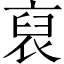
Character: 裒